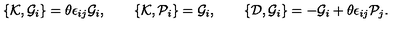
\{ { \cal K } , { \cal G } _ { i } \} = \theta \epsilon _ { i j } { \cal G } _ { i } , \qquad \{ { \cal K } , { \cal P } _ { i } \} = { \cal G } _ { i } , \qquad \{ { \cal D } , { \cal G } _ { i } \} = - { \cal G } _ { i } + \theta \epsilon _ { i j } { \cal P } _ { j } .